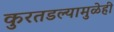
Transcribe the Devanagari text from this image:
कुरतडल्यामुळेही